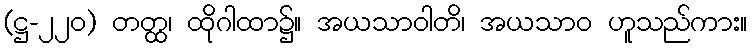
(ဋ္ဌ-၂၂၀) တတ္ထ၊ ထိုဂါထာ၌။ အယသာဝါတိ၊ အယသာဝ ဟူသည်ကား။